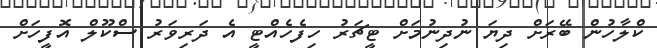
ކްލާހުން ބޭރަށް ދިޔަ ނުދިނުމަށް ޓީޗަރު ހިފެހެއްޓީ އެ ދަރިވަރު ސްކޫލް އޮފީހަށް